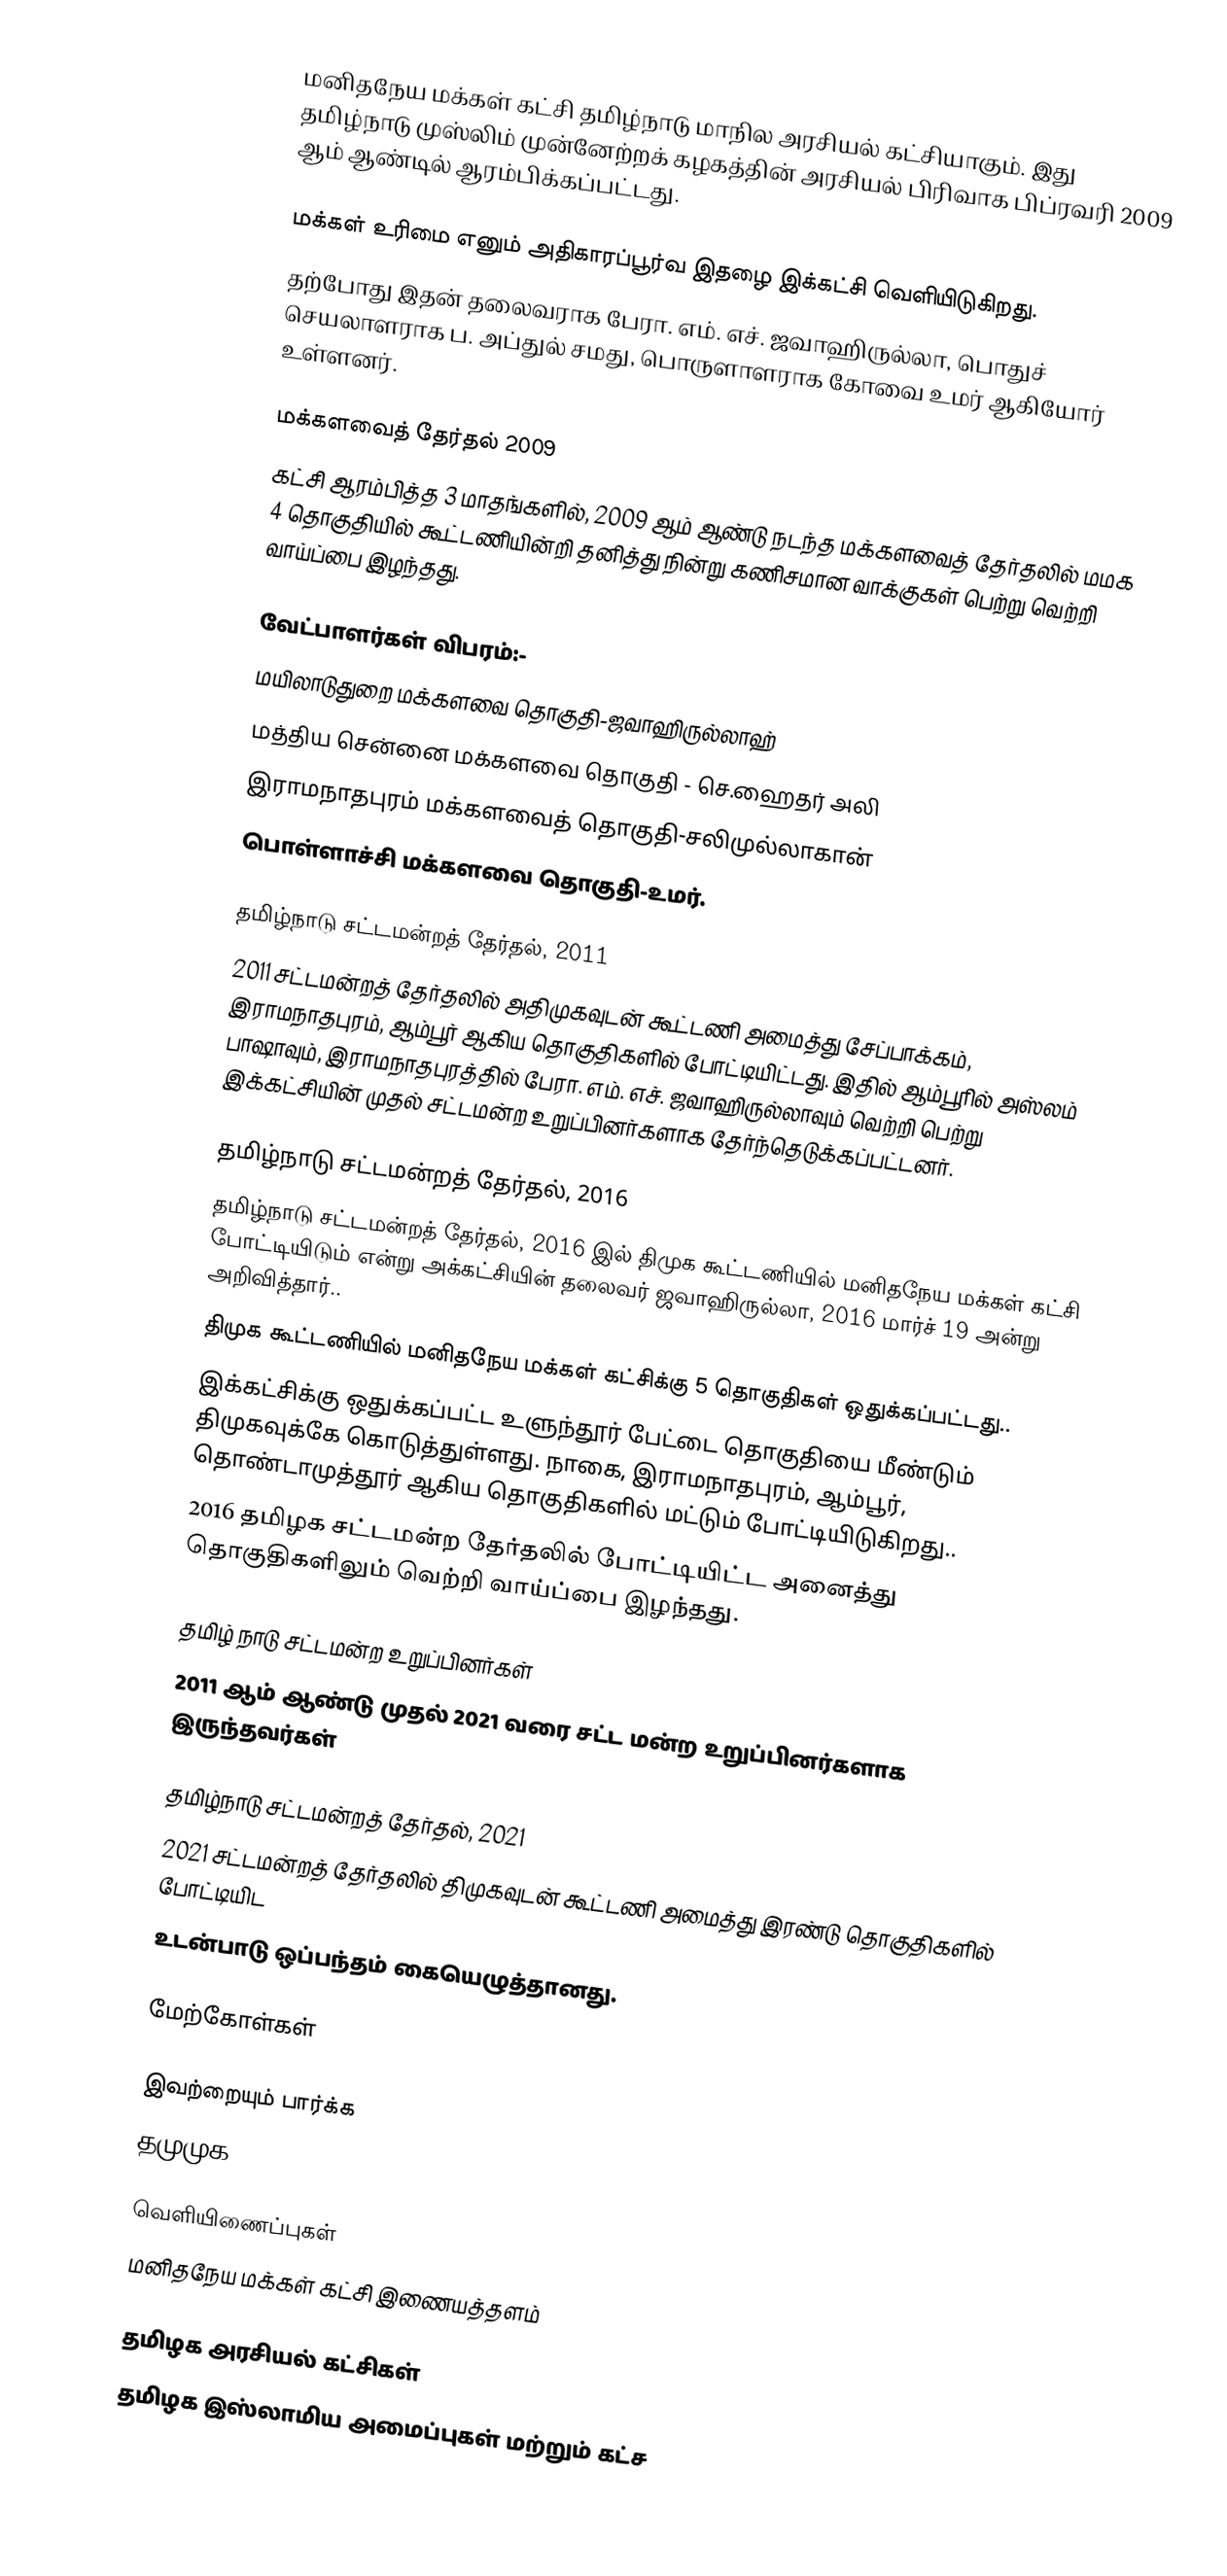
மனிதநேய மக்கள் கட்சி தமிழ்நாடு மாநில அரசியல் கட்சியாகும். இது தமிழ்நாடு முஸ்லிம் முன்னேற்றக் கழகத்தின் அரசியல் பிரிவாக பிப்ரவரி 2009 ஆம் ஆண்டில் ஆரம்பிக்கப்பட்டது.

மக்கள் உரிமை எனும் அதிகாரப்பூர்வ இதழை இக்கட்சி வெளியிடுகிறது.
தற்போது இதன் தலைவராக பேரா. எம். எச். ஜவாஹிருல்லா, பொதுச் செயலாளராக ப. அப்துல் சமது, பொருளாளராக கோவை உமர் ஆகியோர்  உள்ளனர்.

மக்களவைத் தேர்தல் 2009
கட்சி ஆரம்பித்த 3 மாதங்களில், 2009 ஆம் ஆண்டு நடந்த மக்களவைத் தேர்தலில் மமக 4 தொகுதியில் கூட்டணியின்றி தனித்து நின்று கணிசமான வாக்குகள் பெற்று வெற்றி வாய்ப்பை இழந்தது.

வேட்பாளர்கள் விபரம்:-
மயிலாடுதுறை மக்களவை தொகுதி-ஜவாஹிருல்லாஹ்
மத்திய சென்னை மக்களவை தொகுதி - செ.ஹைதர் அலி
இராமநாதபுரம் மக்களவைத் தொகுதி-சலிமுல்லாகான்
பொள்ளாச்சி மக்களவை தொகுதி-உமர்.

தமிழ்நாடு சட்டமன்றத் தேர்தல், 2011
2011 சட்டமன்றத் தேர்தலில் அதிமுகவுடன் கூட்டணி அமைத்து சேப்பாக்கம், இராமநாதபுரம், ஆம்பூர் ஆகிய தொகுதிகளில் போட்டியிட்டது. இதில் ஆம்பூரில் அஸ்லம் பாஷாவும், இராமநாதபுரத்தில் பேரா. எம். எச். ஜவாஹிருல்லாவும் வெற்றி பெற்று இக்கட்சியின் முதல் சட்டமன்ற உறுப்பினர்களாக தேர்ந்தெடுக்கப்பட்டனர்.

தமிழ்நாடு சட்டமன்றத் தேர்தல், 2016
 தமிழ்நாடு சட்டமன்றத் தேர்தல், 2016 இல்  திமுக கூட்டணியில் மனிதநேய மக்கள் கட்சி போட்டியிடும் என்று அக்கட்சியின் தலைவர் ஜவாஹிருல்லா, 2016 மார்ச் 19 அன்று அறிவித்தார்..
 திமுக கூட்டணியில் மனிதநேய மக்கள் கட்சிக்கு 5 தொகுதிகள் ஒதுக்கப்பட்டது..
 இக்கட்சிக்கு ஒதுக்கப்பட்ட உளுந்தூர் பேட்டை தொகுதியை மீண்டும் திமுகவுக்கே கொடுத்துள்ளது. நாகை, இராமநாதபுரம், ஆம்பூர், தொண்டாமுத்தூர் ஆகிய தொகுதிகளில் மட்டும் போட்டியிடுகிறது..
2016 தமிழக சட்டமன்ற தேர்தலில் போட்டியிட்ட அனைத்து தொகுதிகளிலும் வெற்றி வாய்ப்பை இழந்தது.

தமிழ் நாடு சட்டமன்ற உறுப்பினர்கள்
2011 ஆம் ஆண்டு முதல் 2021 வரை சட்ட மன்ற உறுப்பினர்களாக இருந்தவர்கள்

தமிழ்நாடு சட்டமன்றத் தேர்தல், 2021
2021 சட்டமன்றத் தேர்தலில் திமுகவுடன் கூட்டணி அமைத்து இரண்டு தொகுதிகளில்  போட்டியிட
உடன்பாடு ஒப்பந்தம் கையெழுத்தானது.

மேற்கோள்கள்

இவற்றையும் பார்க்க
 தமுமுக

வெளியிணைப்புகள்
 மனிதநேய மக்கள் கட்சி இணையத்தளம்

தமிழக அரசியல் கட்சிகள்
தமிழக இஸ்லாமிய அமைப்புகள் மற்றும் கட்ச